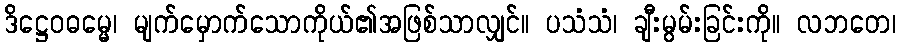
ဒိဋ္ဌေဝဓမ္မေ၊ မျက်မှောက်သောကိုယ်၏အဖြစ်သာလျှင်။ ပသံသံ၊ ချီးမွမ်းခြင်းကို။ လဘတေ၊